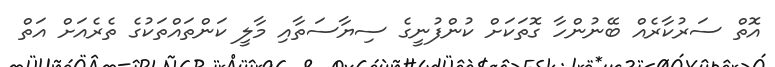
އޮތް ސަރުކާރެއް ބޭނުންހާ ގޮތަކަށް ކުންފުނީގެ ސިޔާސަތާއި މާލީ ކަންތައްތަކުގެ ތެރެއަށް އަތް